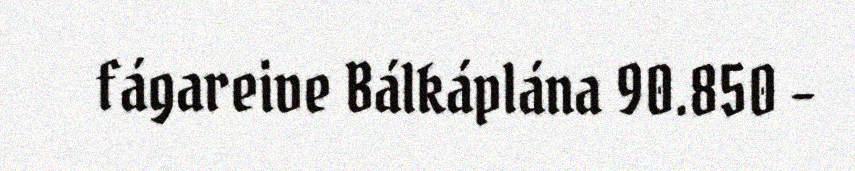
fágareive Bálkáplána 90.850 –